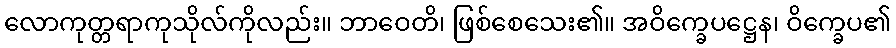
လောကုတ္တရာကုသိုလ်ကိုလည်း။ ဘာဝေတိ၊ ဖြစ်စေသေး၏။ အဝိက္ခေပဋ္ဌေန၊ ဝိက္ခေပ၏